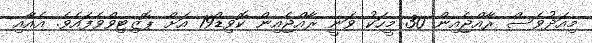
މިއަދުވެސް ރާއްޖެއިން 30 މީހަކު ވަނީ ރާއްޖެއިން ކޮވިޑް19 އަށް ޕޮޒިޓިވްވެފައެވެ. އެއާއި